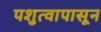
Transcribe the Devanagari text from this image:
पशुत्वापासून